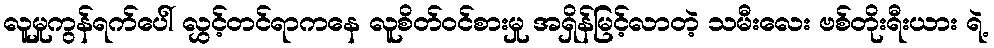
လူမှုကွန်ရက်ပေါ် လွှင့်တင်ရာကနေ လူစိတ်ဝင်စားမှု အရှိန်မြင့်လာတဲ့ သမီးလေး ဗစ်တိုးရီးယား ရဲ့